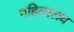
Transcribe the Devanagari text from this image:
महिलालय